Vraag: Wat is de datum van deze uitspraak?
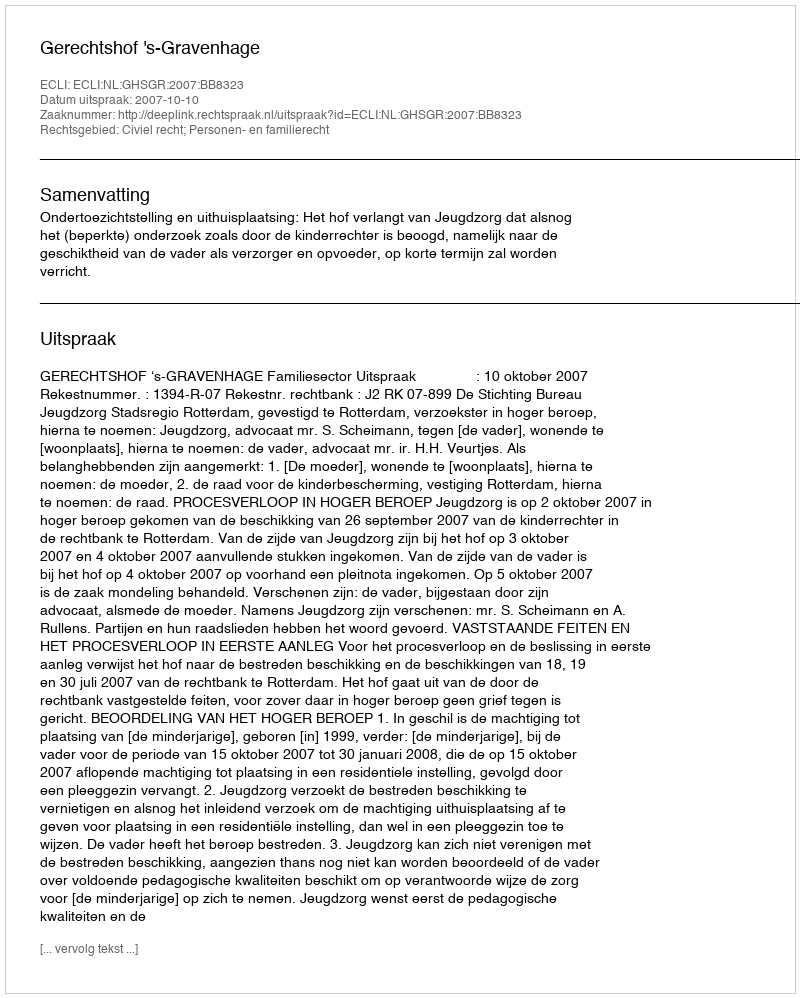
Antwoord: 2007-10-10